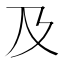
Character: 及